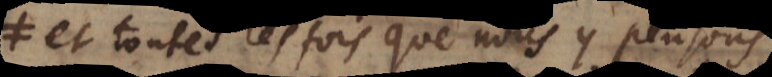
et toutes les fois que nous y pensons